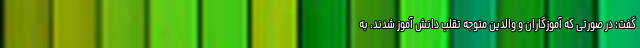
گفت: در صورتی که آموزگاران و والدین متوجه تقلب دانش آموز شدند، به